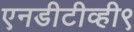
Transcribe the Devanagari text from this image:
एनडीटीव्ही९